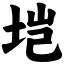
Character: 垲